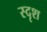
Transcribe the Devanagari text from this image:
स्दृश